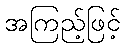
အကြည့်ဖြင့်